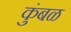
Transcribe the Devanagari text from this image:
कुंबळ